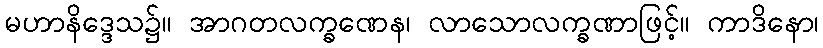
မဟာနိဒ္ဒေသ၌။ အာဂတလက္ခဏေန၊ လာသောလက္ခဏာဖြင့်။ ကာဒိနော၊